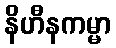
နိဟီနကမ္မာ